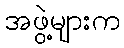
အဖွဲ့များက